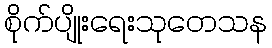
စိုက်ပျိုးရေးသုတေသန